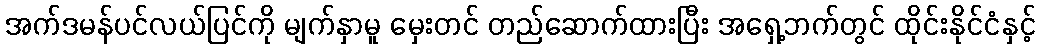
အက်ဒမန်ပင်လယ်ပြင်ကို မျက်နှာမူ မှေးတင် တည်ဆောက်ထားပြီး အရှေ့ဘက်တွင် ထိုင်းနိုင်ငံနှင့်